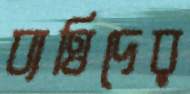
ব্যত্তিদের